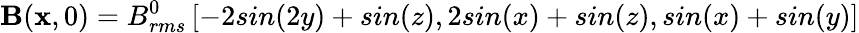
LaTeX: \mathbf{B}(\mathbf{x},0)=B_{rms}^{0}\left[-2sin(2y)+sin(z),2sin(x)+sin(z),sin(x)+sin(y)\right]